Vana-Kasaritsa_(Kasaritsa)_vallavalitsus, lk 14
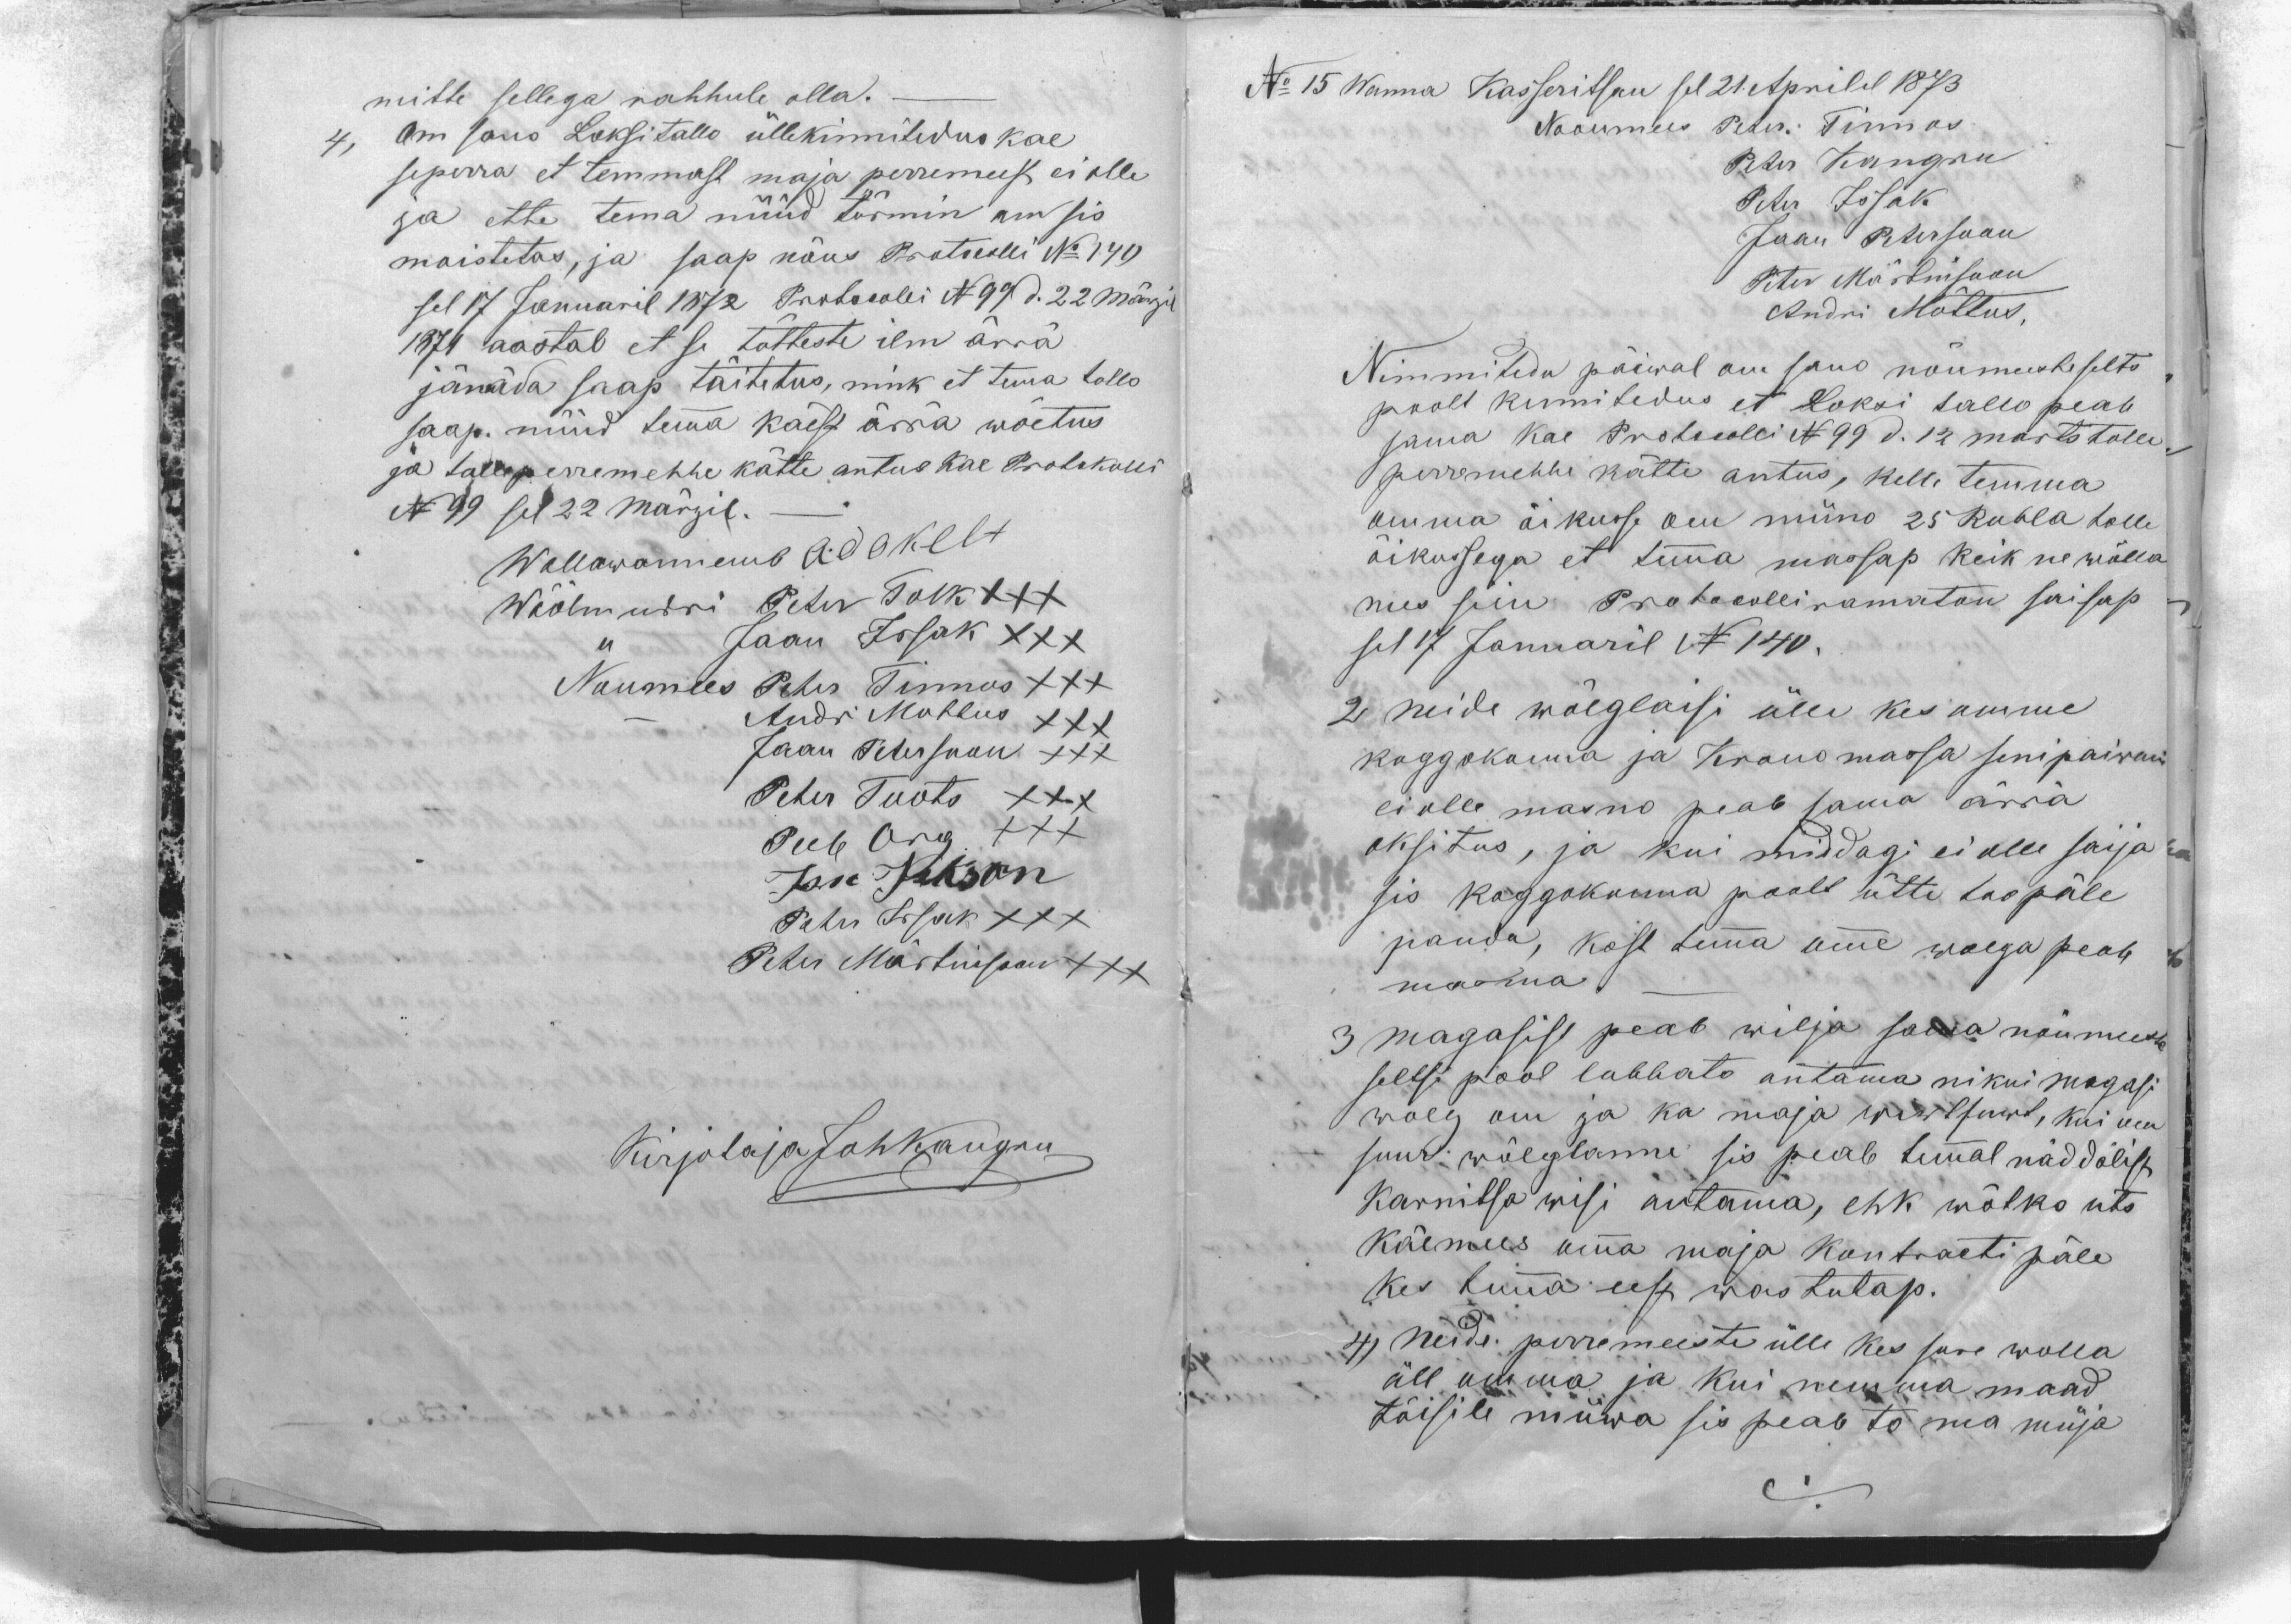
mitte sellega rahhule olla.-
Om sano Loksi tallo üllekinnitedus kae
seperra et temmast maja perremeest ei olle
ja ette tema nüüd tärmin om sis
moistetas, ja saap nõus Protocolli No 140
sel 17 Januaril 1872 Protocolli N 99 d. 22 Märzil
1874 aastal et se tõtteste ilm ärra
jänäda saap täitetus, nink et temma tallo
saap. nüüd temma käest ärrä wõetus
ja tolle perremehhe kätte antus kae Protokolli
N 99 sel 22 Märzil._
Wallawannemb Ado Kelt
Wöölmundri Peter Tolk XXX
,, Jaan Issak XXX
Noumees Peter Tinnos XXX
- Andri Mottus XXX
Jaan Petersoon XXX
Peter Toots XXX
Peeb Org XXX
Jan Jakson
Peter Issak XXX
Peter Märtinsoon XXX
Kirjotaja Johkangru

No 15 Wanna Kasseritsan sel 21 Aprilil 1873
Nooumees Peter Tinnas
Peter Kangru
Peter Issak
Jaan Petersoon
Peter Märtinsoon
Andri Mõttus,
Nimmitedu päiwal om sano nõumeeste selts
poolt kinnitedus et Loksi tallo peab
sama kae Protocolli N 99 d. 12 marts tolle
perremehhe kätte antus, kelle temma
omma õikusse om müno 25 Rubla tolle
õikussega et temma massap keik ne wõlla
mes siin Protocolli ramaton saisap
sel 17 Januaril N 140.
2 Neide wõlglaisi ülle kes omme
koggokonna ja Krono massa senipaiwani
ei olle masno peab sama ärra
oksitus, ja kui middagi ei olle saija
sis koggokonna poolt ütte too päle
panda, kost temma omme wolga peab
masma._
3 Magasist peab wilja sama nõumeeste
seltsi pool lubbato antama nikui magasi
wolg om ja ka maja wirtsawt, kui om
suur wõlglanne sis peab temmal näddalist
Karnitsa wisi antama, ehk wõtko uts
käemees omma maja Kontracti päle
kes temma eest wastutap.
4) Neide perremeeste ülle kes sure wolla
äll omma ja kui nemma maad
täisile müwa sis peab to ma müja